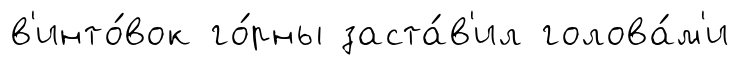
в'инто́вок го́рны заста́в'ил голова́м'и